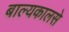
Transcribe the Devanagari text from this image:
बाल्यकालसे